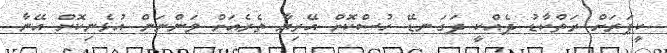
ކީޕަރަށް ރަތްކާޑު ދެއްކީ ދަގަނޑޭ ހުސްކޮށް އޭރިޔާ ތެރެއަށް ވަންނަން އުޅެނިކޮށް އޭނާ